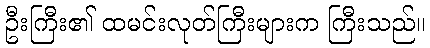
ဦးကြီး၏ ထမင်းလုတ်ကြီးများက ကြီးသည်။